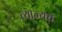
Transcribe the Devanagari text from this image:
त्याज्यच